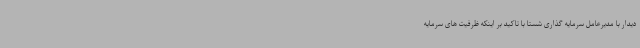
دیدار با مدیرعامل سرمایه گذاری شستا با تاکید بر اینکه ظرفیت های سرمایه